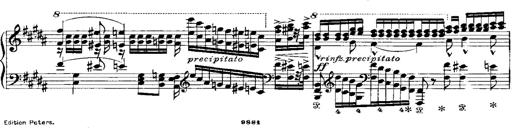
Title: RÃ©miniscences de Norma de Bellini
Composer: Franz Liszt